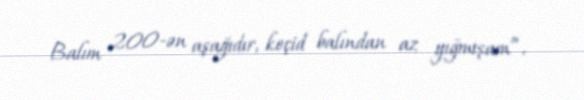
Balım 200-ən aşağıdır, keçid balından az yığmışam”.